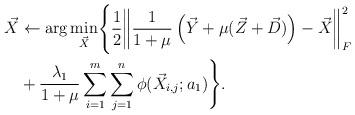
LaTeX: \begin{align*}\vec{X} &\gets \arg\min_{\vec{X}} \Biggl\lbrace \dfrac{1}{2}\biggl\|\dfrac{1}{1+\mu} \left(\vec{Y} + \mu(\vec{Z} + \vec{D})\right) - \vec{X}\biggr\|_F^2 \\& + \dfrac{\lambda_1}{1+\mu}\sum_{i=1}^{m}\sum_{j=1}^{n}\phi(\vec{X}_{i,j};a_1) \Biggr\rbrace.\end{align*}